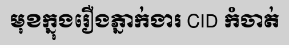
មុខក្នុងរឿងភ្នាក់ងារ CID កំចាត់